Medical and sanitary report of the native army of Bengal for the year
Year: 1878
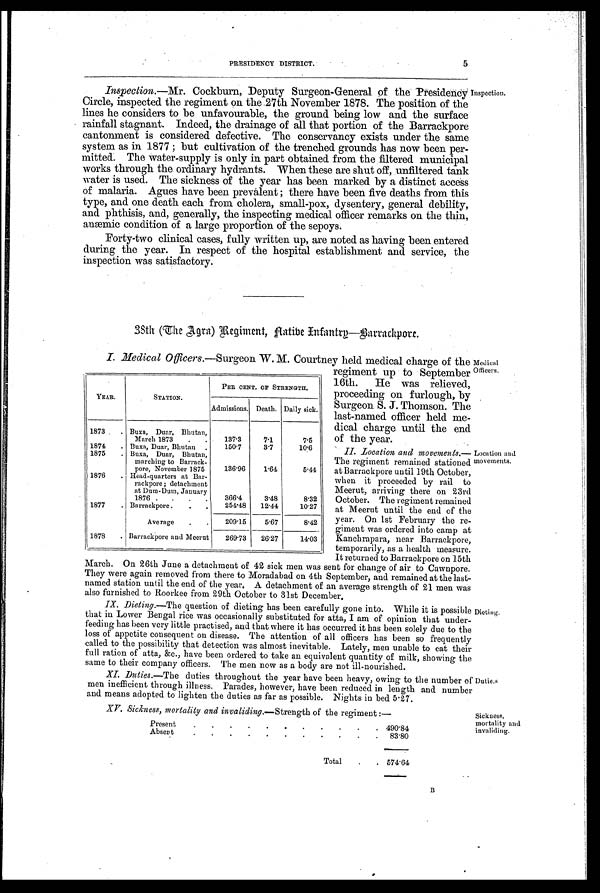
Medical
Officers.
Location and
movements.
PRESIDENCY DISTRICT. 5
Inspection. —Mr. Cockburn, Deputy Surgeon-General of the Presidency
Circle, inspected the regiment on the 27th November 1878. The position of the
lines he considers to be unfavourable, the ground being low and the surface
rainfall stagnant. Indeed, the drainage of all that portion of the Barrackpore
cantonment is considered defective. The conservancy exists under the same
system as in 1877; but cultivation of the trenched grounds has now been per-
mitted. The water-supply is only in part obtained from the filtered municipal
works through the ordinary hydrants. When these are shut off, unfiltered tank
water is used. The sickness of the year has been marked by a distinct access
of malaria. Agues have been prevalent; there have been five deaths from this
type, and one death each from cholera, small-pox, dysentery, general debility,
and phthisis, and, generally, the inspecting medical officer remarks on the thin,
anæmic condition of a large proportion of the sepoys.
Forty-two clinical cases, fully written up, are noted as having been entered
during the year. In respect of the hospital establishment and service, the
inspection was satisfactory.
Inspection.
38th (The Agra) Regiment, Native Infantry—Barrackpore.
I. Medical Officers. —Surgeon W. M. Courtney held medical charge of the
regiment up to September
16th. He was relieved,
proceeding on furlough, by
Surgeon S. J. Thomson. The
last-named officer held me-
dical charge until the end
of the year.
YEAR.
STATION.
PER CENT. OP STRENGTH.
Admissions. Death. Daily sick.
1873
. Buxa, Duar, Bhutan,
March 1873
.
.
137.3
7.1
7.5
1874
. Buxa, Duar, Bhutan .
150.7
3.7
10.6
1875
. Buxa, Duar, Bhutan,
marching to Barrack-
pore, November 1875
136.96
1.64
5.44
1876
. Head-quarters at Bar-
rackpore; detachment
at Dum-Dum, January
1876 .
.
.
.
366.4
3.48
8.32
1877
. Barrackpore.
.
.
254.48
12.44
10.27
Average
.
.
209.15
5.67
8.42
1878
. Barrackpore and Meerut
269.73
26.27
14.03
II. Location and movements.
— T h e r e g i m e n t r e m a i n e d s t a t i o n e d
at Barrackpore until 19th October,
when it proceeded by rail to
Meerut, arriving there on 23rd
October. The regiment remained
at Meerut until the end of the
year. On 1st February the re-
giment was ordered into camp at
Kanchrapara, near Barrackpore,
temporarily, as a health measure.
It returned to Barrackpore on 15th
March. On 26th June a detachment of 42 sick men was sent for change of air to Cawnpore.
They were again removed from there to Moradabad on 4th September, and remained at the last-
named station until the end of the year. A detachment of an average strength of 21 men was
also furnished to Roorkee from 29th October to 31st December.
IX. Dieting. —The question of dieting has been carefully gone into. While it is possible
that in Lower Bengal rice was occasionally substituted for atta, I am of opinion that under-
feeding has been very little practised, and that where it has occurred it has been solely due to the
loss of appetite consequent on disease. The attention of all officers has been so frequently
called to the possibility that detection was almost inevitable. Lately, men unable to eat their
full ration of atta, &c., have been ordered to take an equivalent quantity of milk, showing the
same to their company officers. The men now as a body are not.ill-norurished.
XI. Duties. —The duties throughout the year have been heavy, owing to the number of
men inefficient through illness. Parades, however, have been reduced in length and number
and means adopted to lighten the duties as far as possible. Nights in bed 5.27.
Dieting.
Duties.
XV. Sickness, mortality and invaliding. —Strength of the regiment :—
Present
.
.
.
.
.
.
.
.
.
.
. 490.84
Absent
.
.
.
.
.
.
.
.
.
.
.
83.80
Total
.
. 574.64
Sickness,
mortality and
invaliding.
B
13